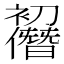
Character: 𠠭